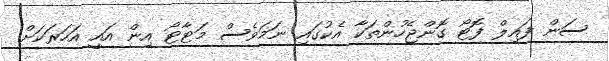
ސަން ފައިލް ފޮޓޯ ގޮންޖެހުންތަކާ އެކުގައި ނަމަވެސް މަޓާޓޯ އިން އައީ އަހަރަކަށް